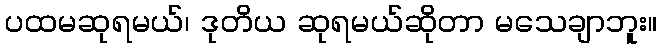
ပထမဆုရမယ်၊ ဒုတိယ ဆုရမယ်ဆိုတာ မသေချာဘူး။